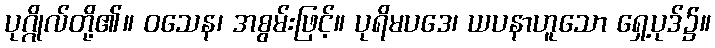
ပုဂ္ဂိုလ်တို့၏။ ဝသေန၊ အစွမ်းဖြင့်။ ပုရိမပဒေ၊ ယပနာဟူသော ရှေ့ပုဒ်၌။